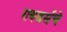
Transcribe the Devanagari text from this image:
रायडर्सचे